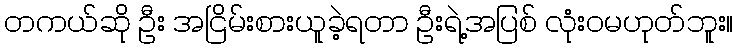
တကယ်ဆို ဦး အငြိမ်းစားယူခဲ့ရတာ ဦးရဲ့အပြစ် လုံးဝမဟုတ်ဘူး။